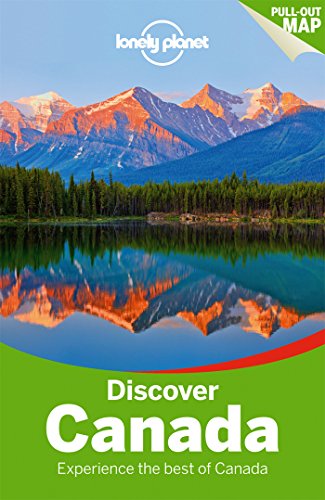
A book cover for Lonely Planet Discover Canada (Travel Guide); Lonely Planet; Travel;